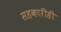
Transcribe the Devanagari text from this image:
सहकारीही